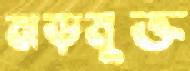
ঝড়মুক্ত